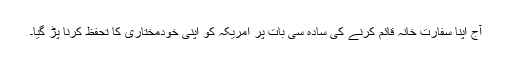
آج اپنا سفارت خانہ قائم کرنے کی سادہ سی بات پر امریکہ کو اپنی خودمختاری کا تحفظ کرنا پڑ گیا۔